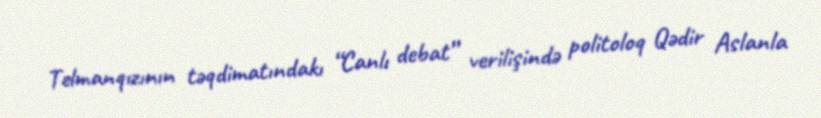
Telmanqızının təqdimatındakı “Canlı debat” verilişində politoloq Qədir Aslanla